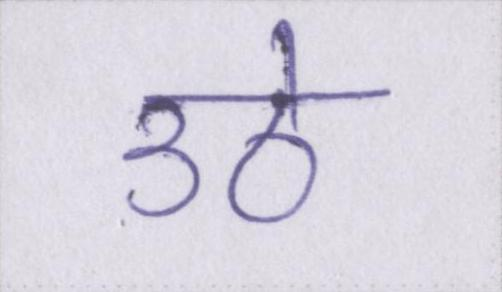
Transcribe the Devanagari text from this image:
उठे